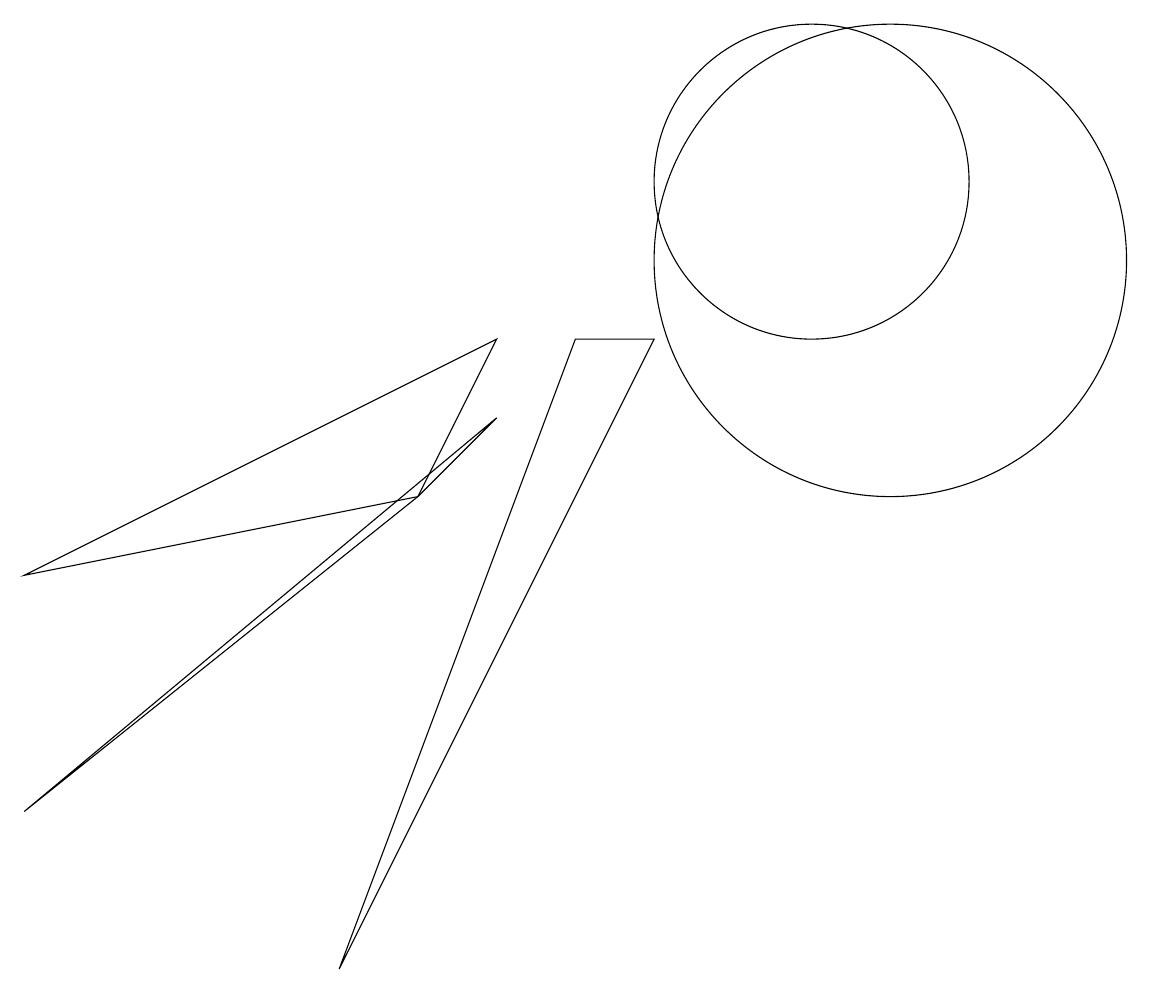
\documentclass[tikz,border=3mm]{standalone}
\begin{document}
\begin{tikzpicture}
\draw (11,10) circle (3);
\draw (10,11) circle (2);
\draw (5,7) -- (0,6) -- (6,9) -- cycle;
\draw (8,9) -- (4,1) -- (7,9) -- cycle;
\draw (0,3) -- (5,7) -- (6,8) -- cycle;
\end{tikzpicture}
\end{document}